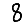
Digit: 8